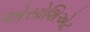
એસોશિએટ